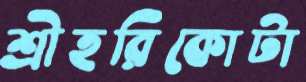
শ্রীহরিকোটা